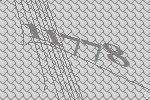
11778